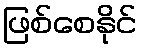
ဖြစ်စေနိုင်